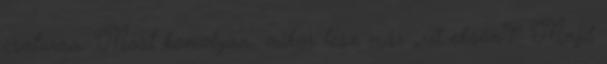
csatorna. Most komolyan, mikor lesz már „ríl eksön”? Majd